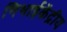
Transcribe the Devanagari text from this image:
निभाईकेंद्रीय